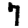
Digit: 7